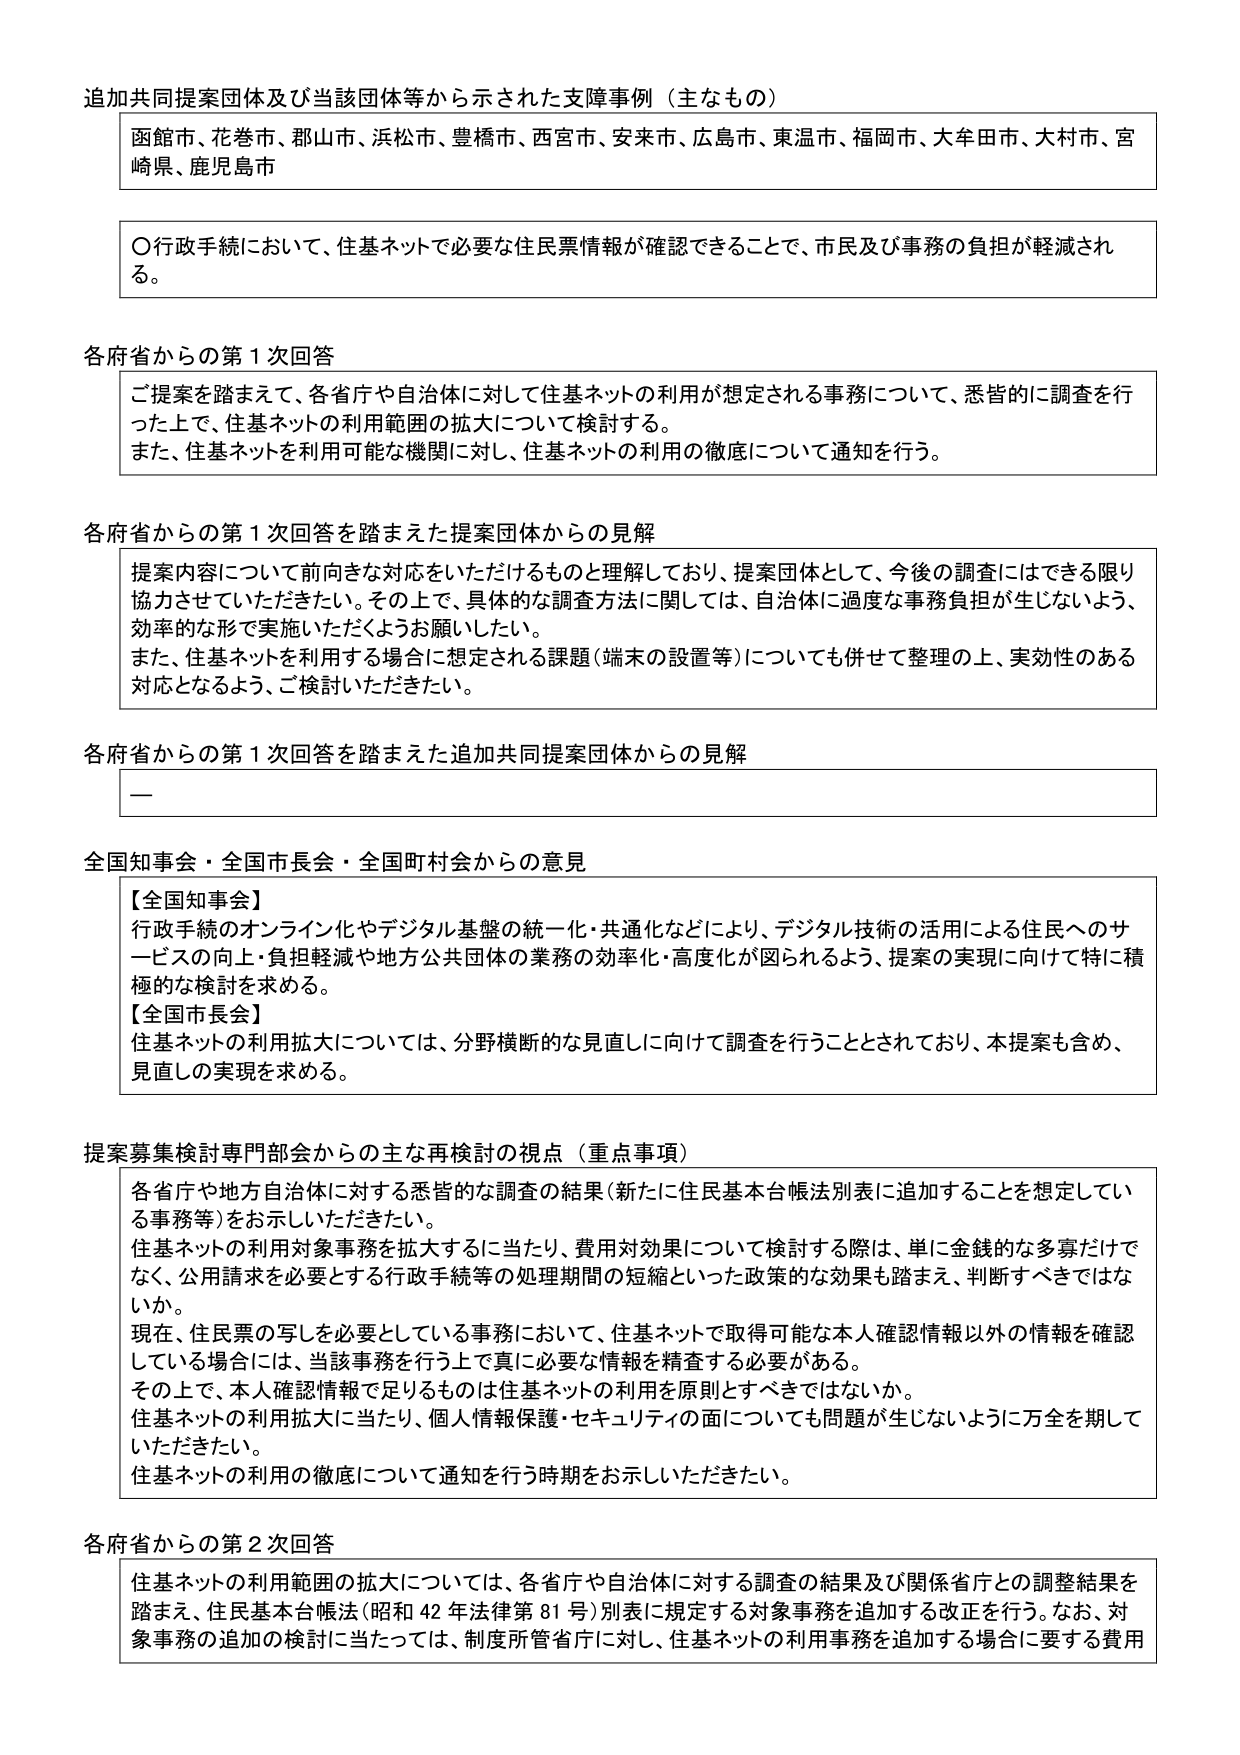
追加共同提案団体及び当該団体等から示された支障事例（主なもの）
函館市、花巻市、郡山市、浜松市、豊橋市、西宮市、安来市、広島市、東温市、福岡市、大牟田市、大村市、宮崎県、鹿児島市

〇行政手続において、住基ネットで必要な住民票情報が確認できることで、市民及び事務の負担が軽減される。

各府省からの第1次回答
ご提案を踏まえて、各省庁や自治体に対して住基ネットの利用が想定される事務について、悉皆的に調査を行った上で、住基ネットの利用範囲の拡大について検討する。
また、住基ネットを利用可能な機関に対し、住基ネットの利用の徹底について通知を行う。

各府省からの第1次回答を踏まえた提案団体からの見解
提案内容について前向きな対応をいただけるものと理解しており、提案団体として、今後の調査にはできる限り協力させていただきたい。その上で、具体的な調査方法に関しては、自治体に過度な事務負担が生じないよう、効率的な形で実施いただくようお願いしたい。
また、住基ネットを利用する場合に想定される課題（端末の設置等）についても併せて整理の上、実効性のある対応となるよう、ご検討いただきたい。

各府省からの第1次回答を踏まえた追加共同提案団体からの見解
—

全国知事会・全国市長会・全国町村会からの意見
【全国知事会】
行政手続のオンライン化やデジタル基盤の統一・共通化などにより、デジタル技術の活用による住民へのサービスの向上・負担軽減や地方公共団体の業務の効率化・高度化が図られるよう、提案の実現に向けて特に積極的な検討を求める。
【全国市長会】
住基ネットの利用拡大については、分野横断的な見直しに向けて調査を行うこととされており、本提案も含め、見直しの実現を求める。

提案募集検討専門部会からの主な再検討の視点（重点事項）
各省庁や地方自治体に対する悉皆的な調査の結果（新たに住民基本台帳法別表に追加することを想定している事務等）をお示しいただきたい。
住基ネットの利用対象事務を拡大するに当たり、費用対効果について検討する際は、単に金銭的な多寡だけでなく、公用請求を必要とする行政手続等の処理期間の短縮といった政策的な効果も踏まえ、判断すべきではないか。
現在、住民票の写しを必要としている事務において、住基ネットで取得可能な本人確認情報以外の情報を確認している場合には、当該事務を行う上で真に必要な情報を精査する必要がある。
その上で、本人確認情報で足りるものは住基ネットの利用を原則とすべきではないか。
住基ネットの利用拡大に当たり、個人情報保護・セキュリティの面についても問題が生じないように万全を期していただきたい。
住基ネットの利用の徹底について通知を行う時期をお示しいただきたい。

各府省からの第2次回答
住基ネットの利用範囲の拡大については、各省庁や自治体に対する調査の結果及び関係省庁との調整結果を踏まえ、住民基本台帳法（昭和42年法律第81号）別表に規定する対象事務を追加する改正を行う。なお、対象事務の追加の検討に当たっては、制度所管省庁に対し、住基ネットの利用事務を追加する場合に要する費用